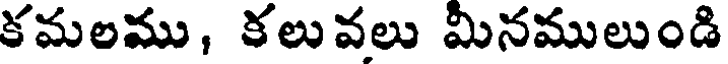
కమలము, కలువలు మినములుండి